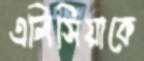
এলিসিয়াকে